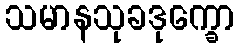
သမာနသုခဒုက္ခော